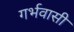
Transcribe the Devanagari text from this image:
गर्भवासी